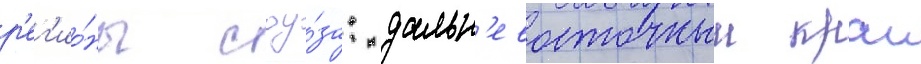
р'ег'ио́ны соу́за: дальн'евосточныи краи